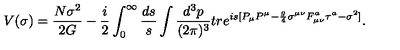
V ( \sigma ) = \frac { N \sigma ^ { 2 } } { 2 G } - { \frac { i } { 2 } } \int _ { 0 } ^ { \infty } \frac { d s } { s } \int \frac { d ^ { 3 } p } { ( 2 \pi ) ^ { 3 } } t r e ^ { i s [ P _ { \mu } P ^ { \mu } - { \frac { g } { 4 } } \sigma ^ { \mu \nu } F _ { \mu \nu } ^ { a } \tau ^ { a } - \sigma ^ { 2 } ] } .